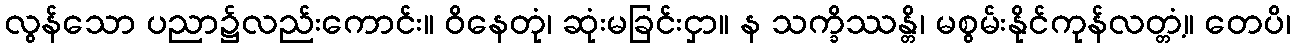
လွန်သော ပညာ၌လည်းကောင်း။ ဝိနေတုံ၊ ဆုံးမခြင်းငှာ။ န သက္ခိဿန္တိ၊ မစွမ်းနိုင်ကုန်လတ္တံ့။ တေပိ၊